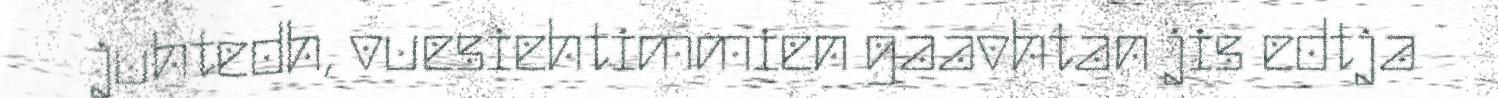
juhtedh, vuesiehtimmien gaavhtan jis edtja